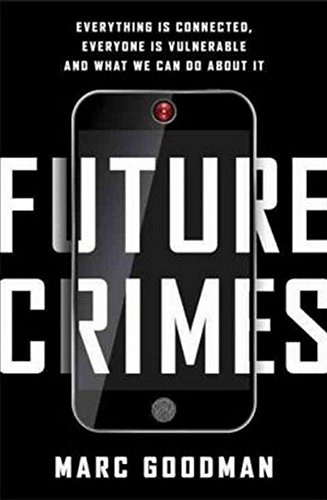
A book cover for Future Crimes: Everything Is Connected, Everyone Is Vulnerable and What We Can Do About It; Marc Goodman; Computers & Technology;